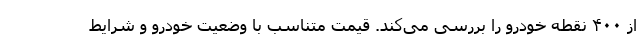
از ۴۰۰ نقطه خودرو را بررسی می‌کند. قیمت متناسب با وضعیت خودرو و شرایط